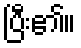
ပြီး၏။